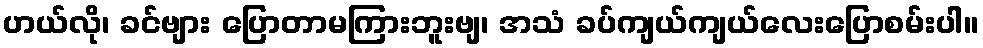
ဟယ်လို၊ ခင်ဗျား ပြောတာမကြားဘူးဗျ၊ အသံ ခပ်ကျယ်ကျယ်လေးပြောစမ်းပါ။